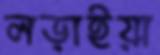
লড়াইয়া